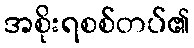
အစိုးရစစ်တပ်၏